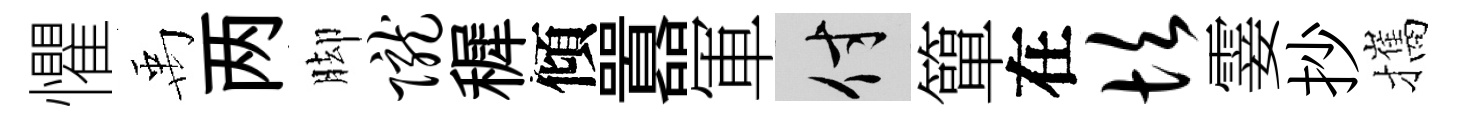
懼禹两脚陇穉傾囂軍付簞在坎霎抄攜